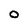
Character: 0